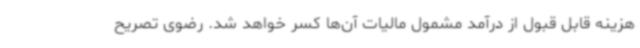
هزینه قابل قبول از درآمد مشمول مالیات آن‌ها کسر خواهد شد. رضوی تصریح